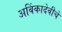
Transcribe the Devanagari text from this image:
अबिंकादेवीचे